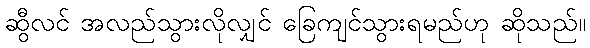
ဆွီလင် အလည်သွားလိုလျှင် ခြေကျင်သွားရမည်ဟု ဆိုသည်။